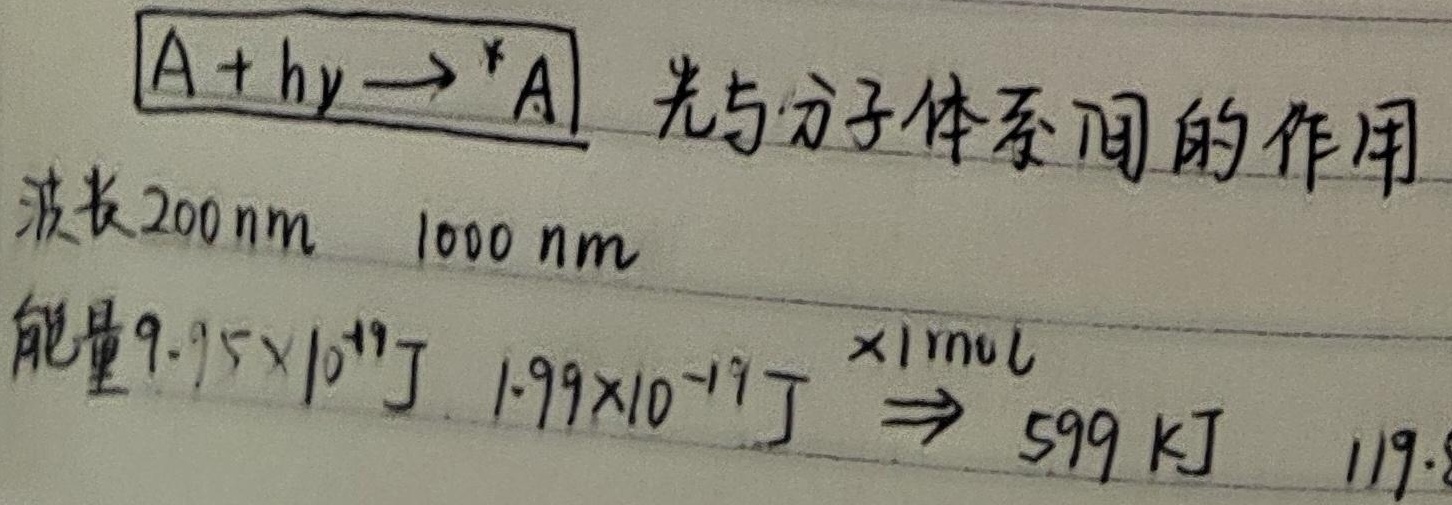
光与分子体系间的作用：\(A + h\nu\rightarrow^{*}A\)，波长范围为 \(200\text{ nm}\) 到 \(1000\text{ nm}\)，能量范围为 \(9.95\times 10^{-19}\text{ J}\) 到 \(1.99\times 10^{-19}\text{ J}\)，\(\times1\text{ mol}\Rightarrow599\text{ kJ}\) 到 \(119.8\text{ kJ}\)